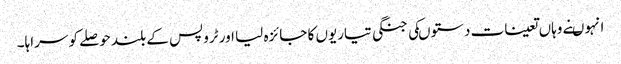
انہوںنے وہاں تعینات دستوںکی جنگی تیاریوں کا جائزہ لیا اور ٹروپس کے بلند حوصلے کو سراہا۔